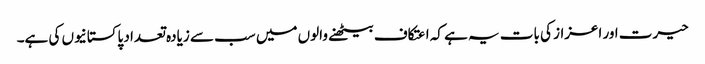
حیرت اور اعزاز کی بات یہ ہے کہ اعتکاف بیٹھنے والوں میں سب سے زیادہ تعداد پاکستانیوں کی ہے۔